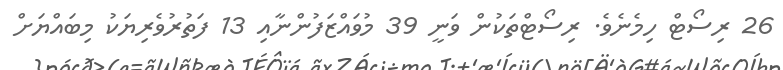
26 ރިސޯޓް ހިމެނެެެވެ. ރިސޯޓްތަކުން ވަނީ 39 މުވައްޒަފުންނާއި 13 ފަތުރުވެރިޔަކު މިބައްޔަށް